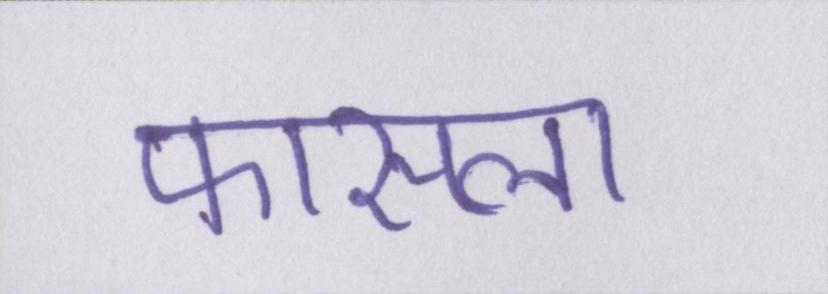
फासला